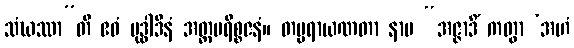
သံဃဿာ”တိ ဧဝံ ဗုဒ္ဓါဒီနံ အတ္တပရိစ္စဇနံ။ တပ္ပရာယဏတာ နာမ “အဇ္ဇာဒိံ ကတွာ ‘အဟံ